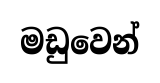
මඩුවෙන්